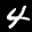
Label: 4